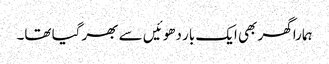
ہمارا گھر بھی ایک بار دھوئیں سے بھر گیا تھا۔